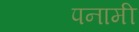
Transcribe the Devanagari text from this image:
पनामी